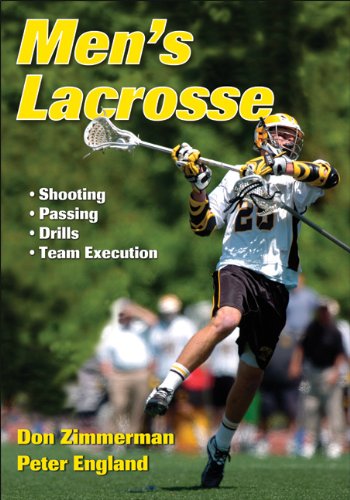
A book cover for Men's Lacrosse; Don Zimmerman; Sports & Outdoors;